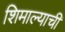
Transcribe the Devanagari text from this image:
शिमाल्याची